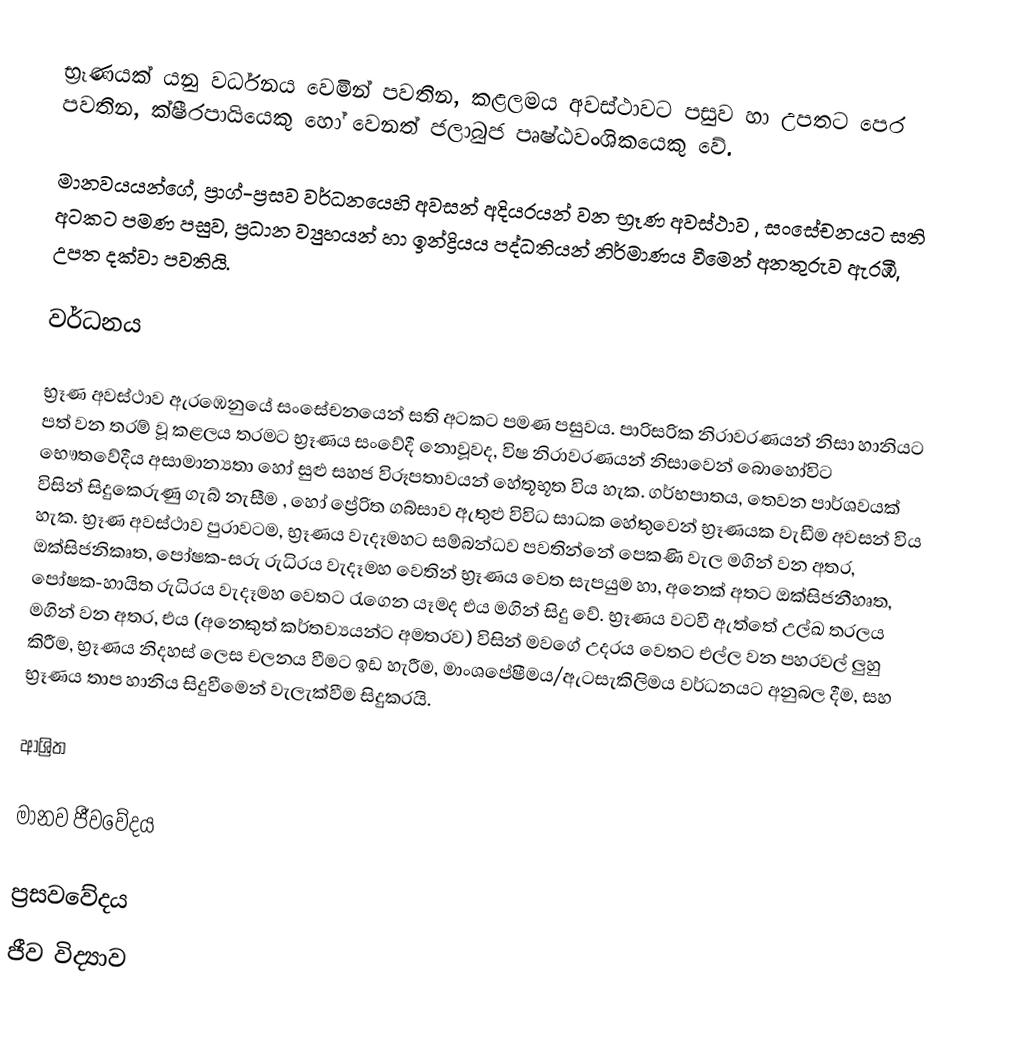
භ්‍රෑණයක් යනු වර්ධනය වෙමින් පවතින, කළලමය අවස්ථාවට පසුව හා උපතට පෙර පවතින,  ක්ෂීරපායියෙකු හෝ වෙනත් ජලාබුජ පෘෂ්ඨවංශිකයෙකු වේ.

මානවයයන්ගේ,  ප්‍රාග්-ප්‍රසව වර්ධනයෙහි අවසන් අදියරයන් වන භ්‍රෑණ අවස්ථාව ,  සංසේචනයට සති අටකට පමණ පසුව, ප්‍රධාන ව්‍යුහයන් හා  ඉන්ද්‍රියය පද්ධතියන් නිර්මාණය වීමෙන් අනතුරුව ඇර‍ඹී,  උපත දක්වා පවතියි.

වර්ධනය

භ්‍රෑණ අවස්ථාව ඇරඹෙනුයේ සංසේචනයෙන් සති අටකට පමණ පසුවය. පාරිසරික නිරාවරණයන් නිසා හානියට පත් වන තරම්  වූ කළලය තරමට භ්‍රෑණය සංවේදී නොවූවද, විෂ නිරාවරණයන් නිසාවෙන් බොහෝවිට භෞතවේදීය අසාමාන්‍යතා හෝ සුළු සහජ විරූපතාවයන් හේතූභූත විය හැක.    ගර්භපාතය, තෙවන පාර්ශවයක් විසින් සිදුකෙරුණු ගැබ් නැසීම , හෝ ප්‍රේරිත ගබ්සාව ඇතුළු විවිධ සාධක හේතුවෙන් භ්‍රෑණයක වැඩීම අවසන් විය හැක.  භ්‍රෑණ අවස්ථාව පුරාවටම,  භ්‍රෑණය  වැදෑමහට සම්බන්ධව පවතින්නේ පෙකණි වැල මගින් වන අතර, ඔක්සිජනිකෘත, පෝෂක-සරු රුධිරය වැදෑමහ වෙතින් භ්‍රෑණය වෙත සැපයුම හා, අනෙක් අතට ඔක්සිජනීහෘත, පෝෂක-හායිත රුධිරය වැදෑමහ වෙතට රැගෙන යෑමද එය මගින් සිදු වේ.  භ්‍රෑණය වටවී ඇත්තේ උල්ඛ තරලය මගින් වන අතර, එය (අනෙකුත් කර්තව්‍යයන්ට අමතරව) විසින් මවගේ උදරය වෙතට එල්ල වන පහරවල් ලුහු කිරීම, භ්‍රෑණය නිදහස් ලෙස චලනය වීමට ඉඩ හැරීම, මාංශපේෂීමය/ඇටසැකිලිමය වර්ධනයට අනුබල දීම, සහ භ්‍රෑණය තාප හානි‍ය සිදුවීමෙන් වැලැක්වීම සිදුකරයි.

ආශ්‍රිත

මානව ජීවවේදය

ප්‍රසවවේදය
ජීව විද්‍යාව